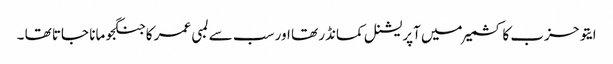
ایتو حزب کا کشمیر میں آپریشنل کمانڈر تھا اور سب سے لمبی عمر کا جنگجو مانا جاتا تھا ۔